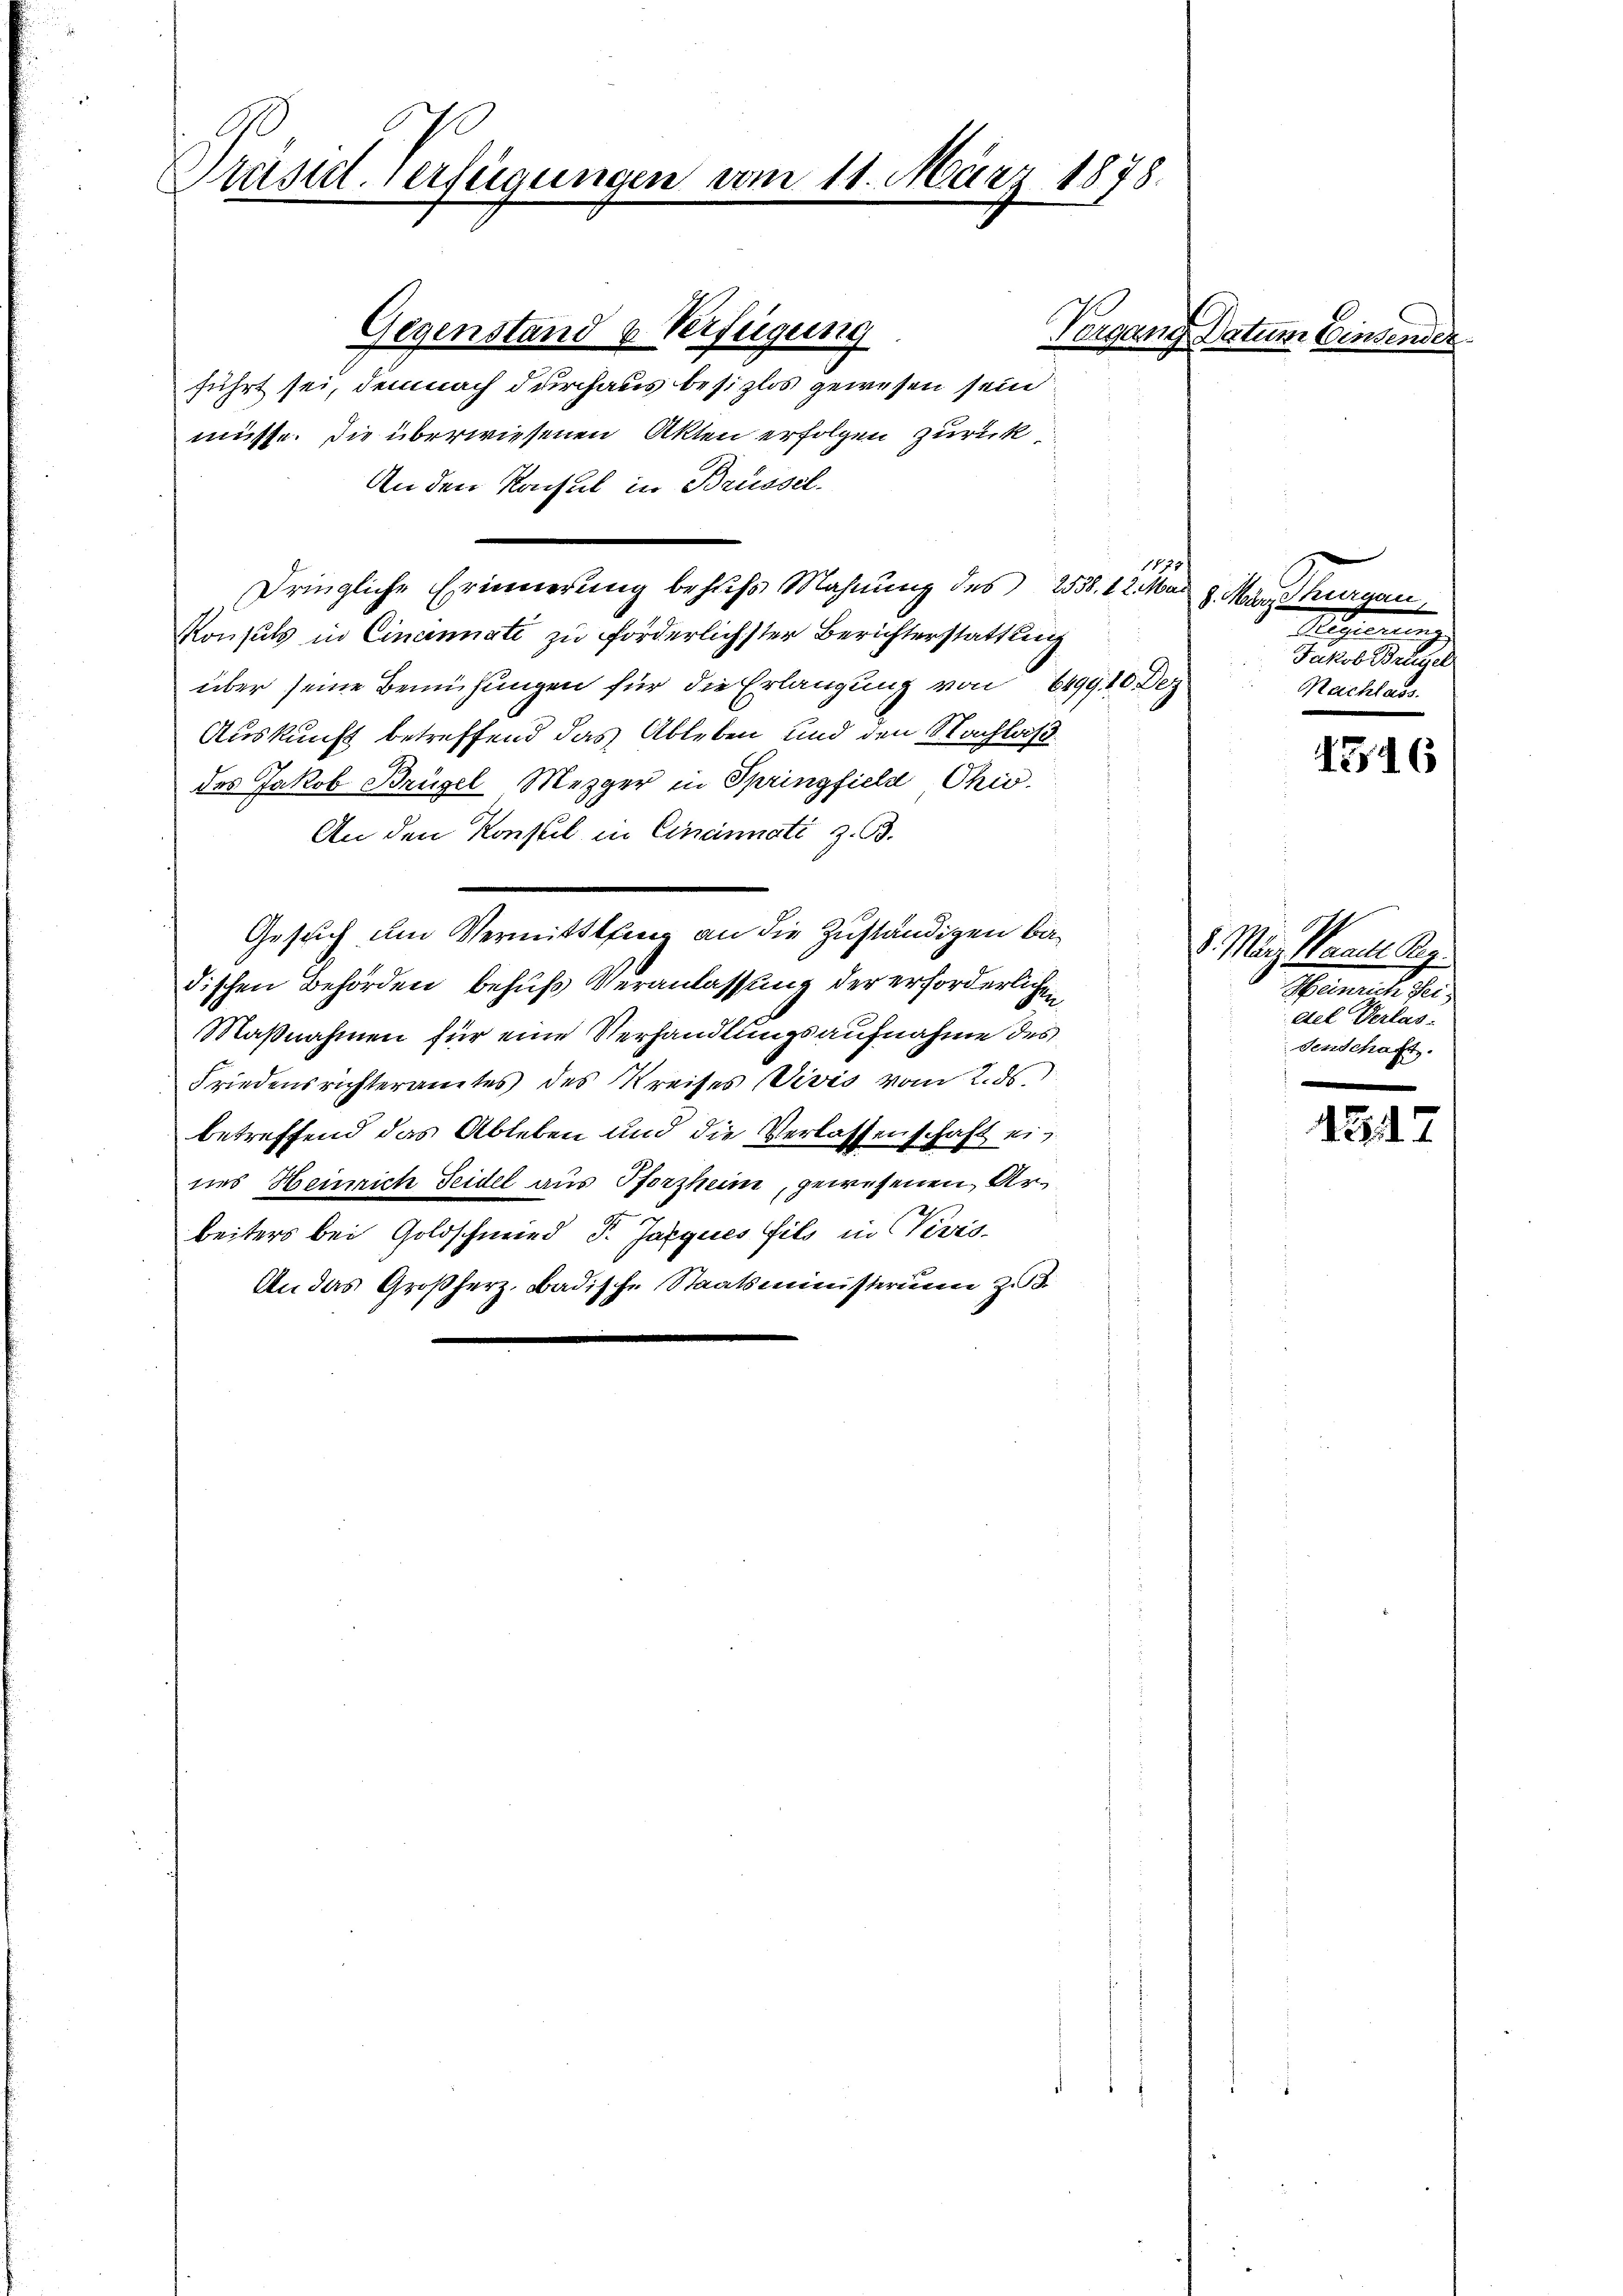
Präsid. Verfügungen vom 11. März 1878.

Gegenstand & Verfügung
führt sei, demnach durchaus besizlos gewesen sein
müsse. Die überwiesenen Akten erfolgen zurück
An den Konsul in Brüssel.
1
dringliche Erinnerung behufs Mahnung des 2538. 12. Mai
Konsuls in Cincinati zu forderlichster Berichterstattung
über seine Bemühungen für die Erlangung von 6499. 10. Dez
Auskunft betreffend das Ableben und den Nachlaß
des Jakob Brügel Mezger in Springfield Ohio.
An den Konsul in Cinännati z. B.
Gesuch um Vermittlung an die Zuständigen Ba
c
dischen Behörden behufs Veranlassung der erforderlichen
1
Maßnahmen für eine Verhandlungsaufnahme des
Friedensrichteramtes des Kreises Divis vom 2. ds.
betreffend das Ableben und die Verlassenschaft ein
nes Heinrich Seidel aus Pforzheim, gewesenen Arbeiters bei Goldschmied P. Jarques fils in Perio¬
An das Großherz, Badische Staatsministerium zu

Vorgang Datum Einseni

. Was heran
1

Nachlass.

1346

8. März ande Reg
Sament. 10
del Verlas-
senschaft

4 Zif